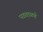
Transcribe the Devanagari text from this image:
पडताळणे